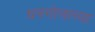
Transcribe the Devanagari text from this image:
घनगोलाच्या